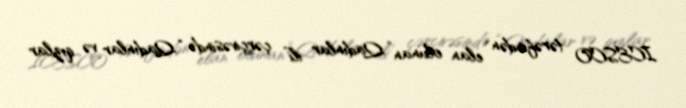
ICESCO tərəfindən elan olunan “Qadınlar ili” çərçivəsində “Qadınlar və qızlar